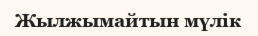
Жылжымайтын мүлік